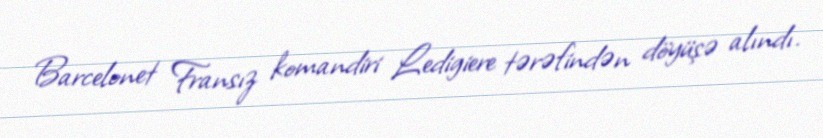
Barcelonet Fransız komandiri Ledigiere tərəfindən döyüşə alındı.